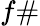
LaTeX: f\#